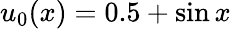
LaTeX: u_{0}(x)=0.5+\sin{x}